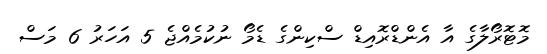
މޮޓޮރޯލާގެ އާ އެންޑްރޮއިޑް ސްކިންގެ ޑެމޯ ނުކުމެއްޖެ 5 އަހަރު 6 މަސް